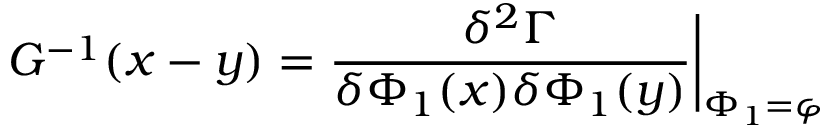
G ^ { - 1 } ( x - y ) = \frac { \delta ^ { 2 } \Gamma } { \delta \Phi _ { 1 } ( x ) \delta \Phi _ { 1 } ( y ) } \bigg \vert _ { \Phi _ { 1 } = \varphi }